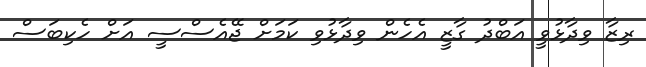
ރިޒާ ވިދާޅުވީ އަބްދު ގާޒީ އެހެން ވިދާޅުވި ކަމަށް ޖޭއެސްސީ އަށް ހެކިބަސް